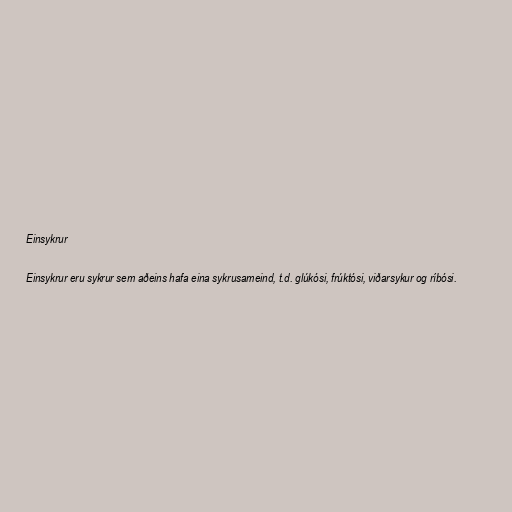
Einsykrur

Einsykrur eru sykrur sem aðeins hafa eina sykrusameind, t.d. glúkósi, frúktósi, viðarsykur og ríbósi.